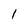
Character: 1